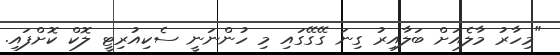
"މިހާރު މާލެއަށް ބަލާއިރު ގިނަ ގޭގޭގައި މި ހުންނަނީ ސެކިއުރިޓީ ލޮކް ކޮށްފައި.